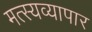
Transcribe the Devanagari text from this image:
मत्स्यव्यापार